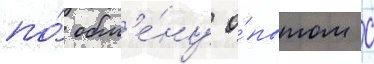
по́ обм'е́ну о́пытом с